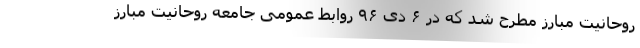
روحانیت مبارز مطرح شد که در ۶ دی ۹۶ روابط عمومی جامعه روحانیت مبارز